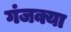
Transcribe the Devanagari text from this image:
गंजक्या